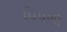
પિપળી